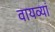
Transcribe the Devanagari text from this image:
वायव्यां